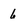
Character: 6